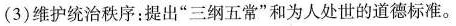
(3)维护统治秩序：提出”三纲五常”和为人处世的道德标准。